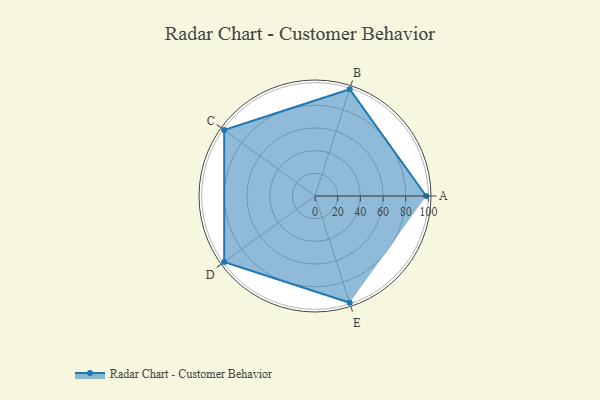
{"axis": {"x": "Skill", "y": "Score"}, "legend": ["Profile"], "data": [{"x": "A", "y": 98.0, "type": "Profile"}, {"x": "B", "y": 99, "type": "Profile"}, {"x": "C", "y": 99, "type": "Profile"}, {"x": "D", "y": 99, "type": "Profile"}, {"x": "E", "y": 99, "type": "Profile"}]}